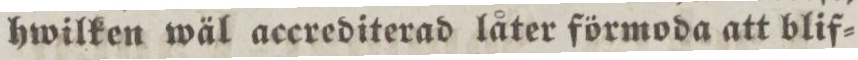
hwilken wäl accrediterad låter förmoda att blif=